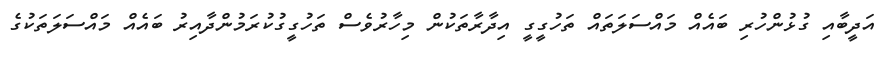
އަދީބާއި ގުޅުންހުރި ބައެއް މައްސަލަތައް ތަހުގީގީ އިދާރާތަކުން މިހާރުވެސް ތަހުގީގުކުރަމުންދާއިރު ބައެއް މައްސަލަތަކުގެ